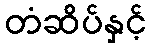
တံဆိပ်နှင့်